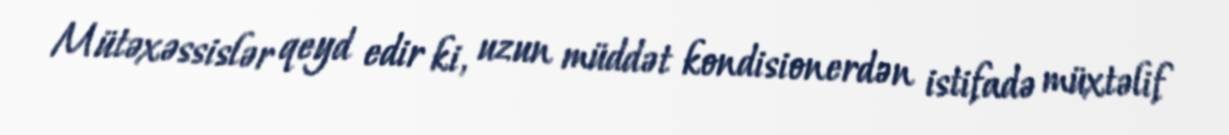
Mütəxəssislər qeyd edir ki, uzun müddət kondisionerdən istifadə müxtəlif